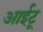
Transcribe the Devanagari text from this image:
आईटू